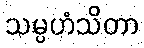
သမ္ပဟံသိတာ